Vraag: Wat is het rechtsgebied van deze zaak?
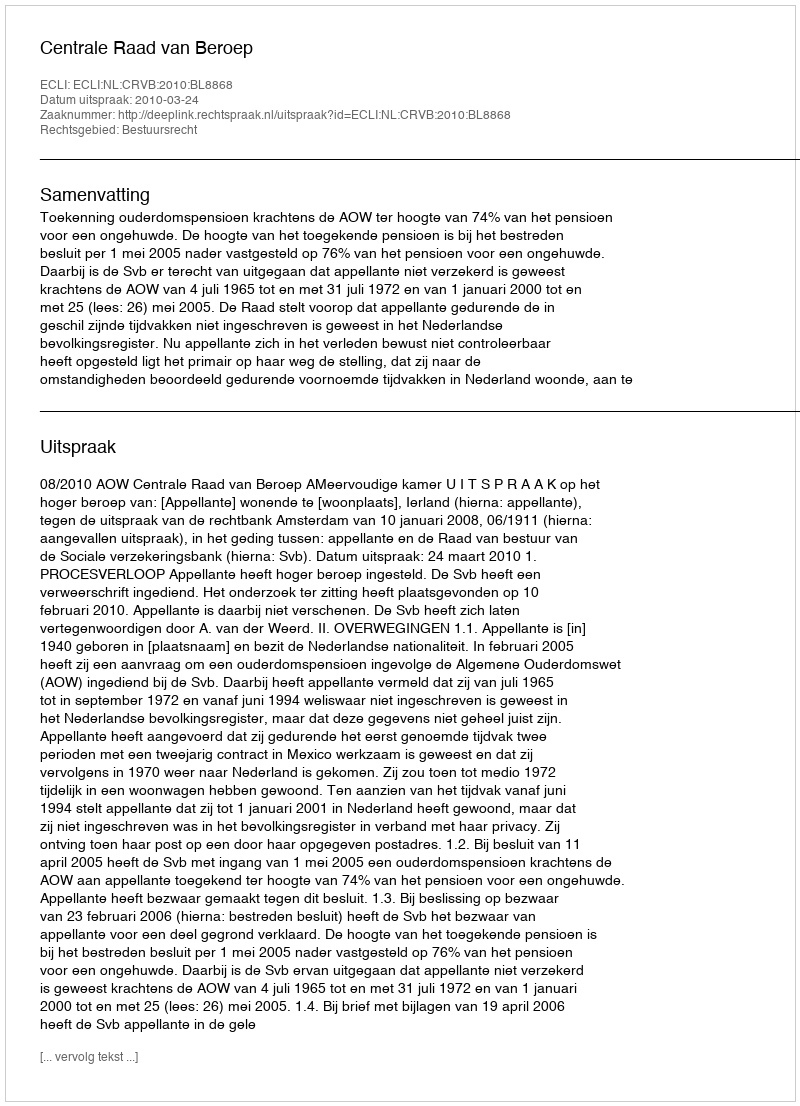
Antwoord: Bestuursrecht